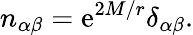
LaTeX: n_{\alpha\beta}=\mathrm{e}^{2M/r}\delta_{\alpha\beta}.